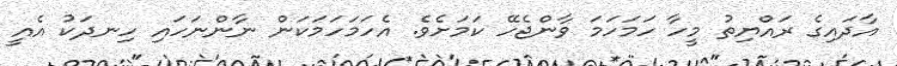
އާދައިގެ ރައްޔިތު މީހާ ހަމަހަމަ ވާންޖެހޭ ކަމަށެވެ. އެހަމަހަމަކަން ނާންނަހައި ހިނދަކު އެއީ